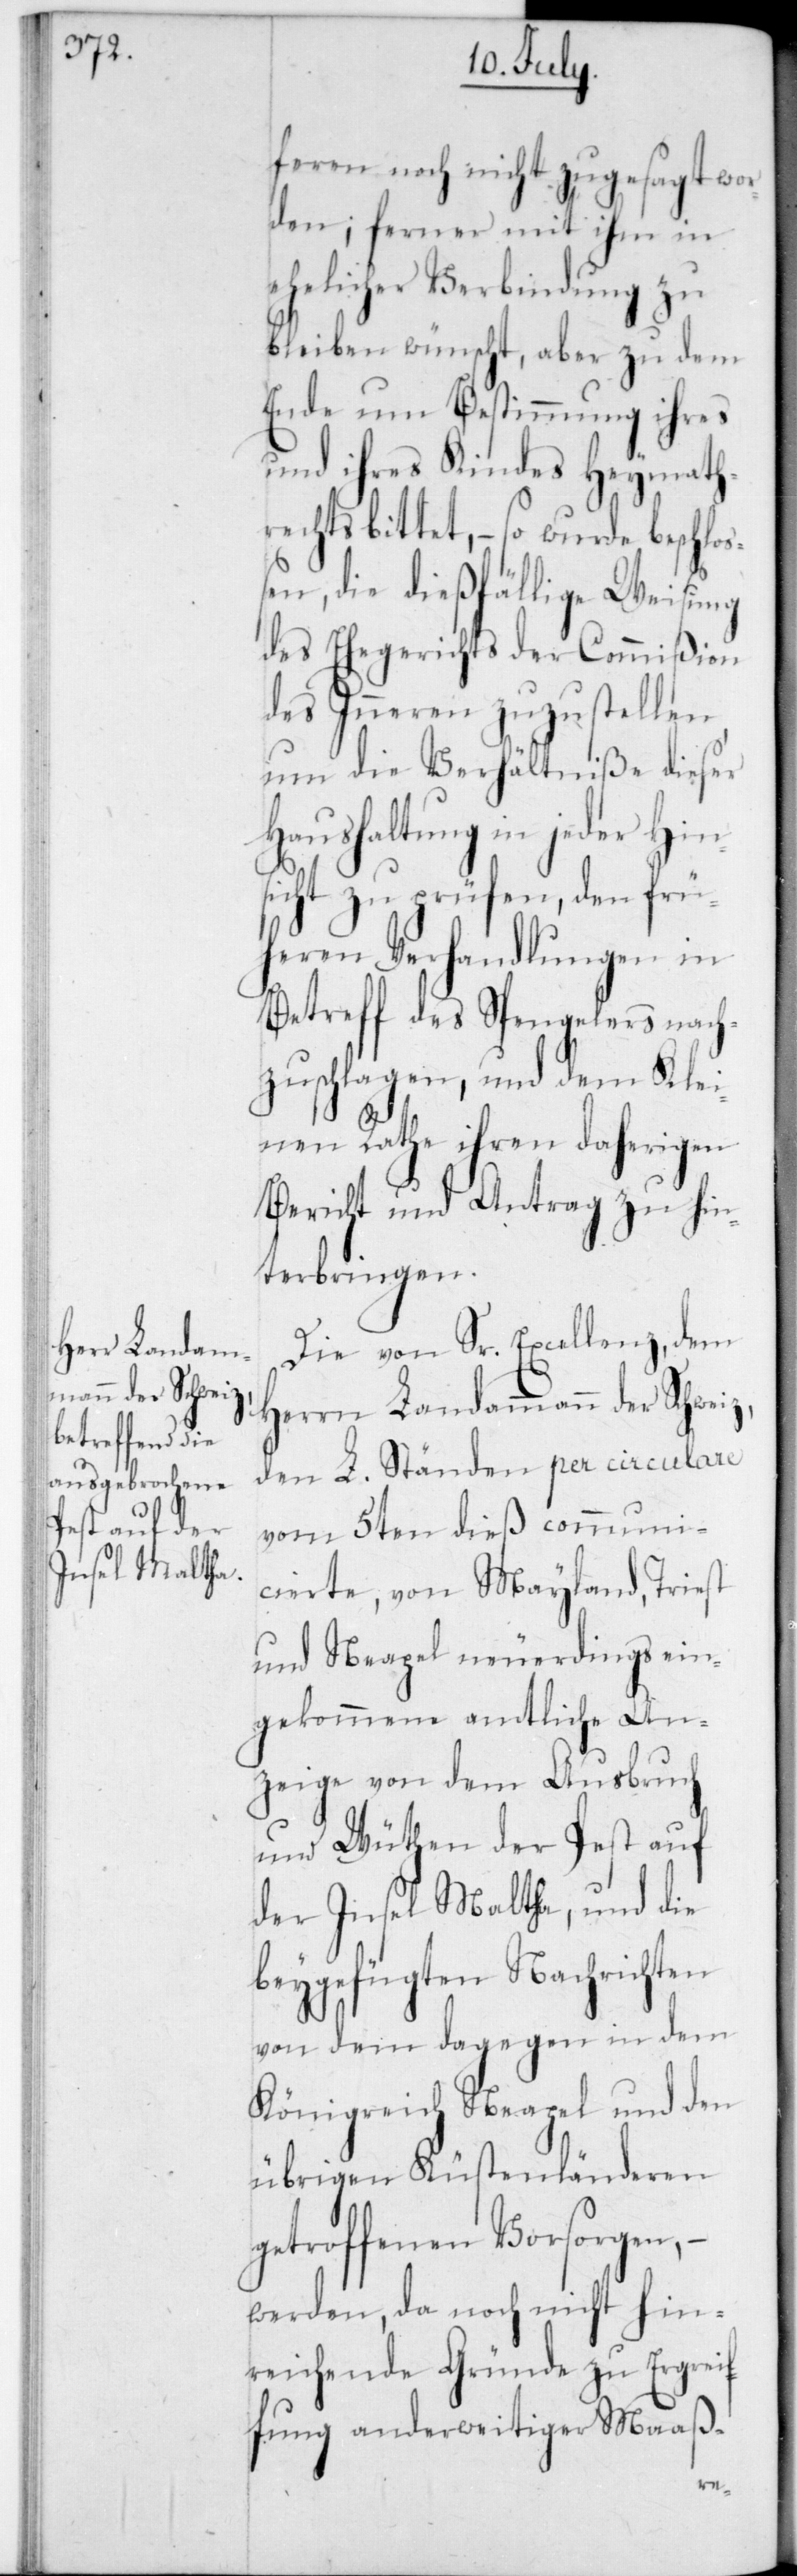
feren noch nicht zugesagt wor¬
den; ferner mit ihm in
ehelicher Verbindung zu
bleiben wünscht, aber zu dem
Ende um Bestimmung ihres
und ihres Kindes Heymath¬
rechts bittet, – so wurde beschlo¬
ßen, die dießfällige Weisung
des Ehegerichts der Commißion
des Inneren zuzustellen,
um die Verhältniße dieser
Haushaltung in jeder Hin¬
sicht zu prüfen, den frü¬
heren Verhandlungen in
Betreff des Spengelers nach¬
zuschlagen, und dem Klei¬
nen Rathe ihren daherigen
Bericht und Antrag zu hin¬
terbringen.
Die von Sr. Excellenz, dem
rrn Landamma¬
nn der Schweiz,
den L. Ständen per Circulare
vom 5ten dieß communi¬
cierte, von Mayland, Triest
und Neapel neuerdings ein¬
gekommene amtliche An¬
zeige von dem Ausbruch
und Wüten der Pest auf
der Insel Malta, und die
beygefügten Nachrichten
von dem dagegen in dem
Königreich Neapel und den
übrigen Küstenländeren
getroffenen Vorsorgen,
werden, da noch nicht hin¬
reichende Gründe zu Ergrei¬
fung anderweitiger Maaß-
He¬